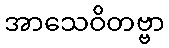
အာသေဝိတဗ္ဗာ